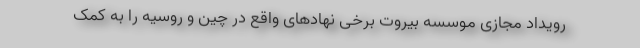
رویداد مجازی موسسه بیروت برخی نهادهای واقع در چین و روسیه را به کمک